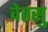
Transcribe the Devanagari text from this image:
वेतसु